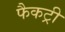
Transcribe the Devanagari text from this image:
फैकट्री